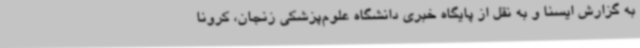
به گزارش ایسنا و به نقل از پایگاه خبری دانشگاه علوم‌پزشکی زنجان، کرونا